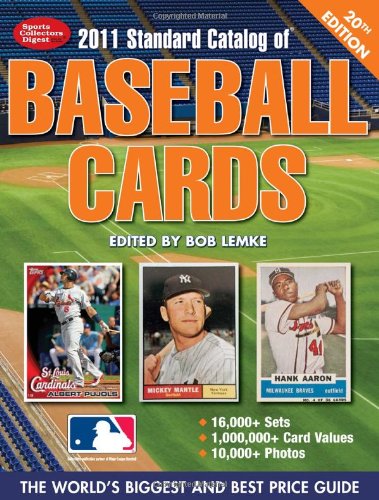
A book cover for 2011 Standard Catalog Of Baseball Cards (Standard Catalog of Vintage Baseball Cards); Bob Lemke; Crafts, Hobbies & Home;